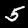
Label: 5